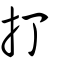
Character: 打